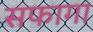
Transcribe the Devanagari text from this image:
सफागा